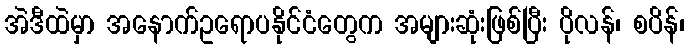
အဲဒီထဲမှာ အနောက်ဥရောပနိုင်ငံတွေက အများဆုံးဖြစ်ပြီး ပိုလန်၊ စပိန်၊